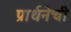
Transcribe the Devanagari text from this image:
प्रार्थनेची